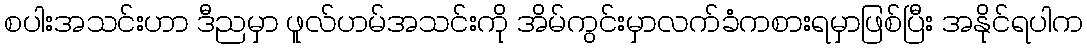
စပါးအသင်းဟာ ဒီညမှာ ဖူလ်ဟမ်အသင်းကို အိမ်ကွင်းမှာလက်ခံကစားရမှာဖြစ်ပြီး အနိုင်ရပါက